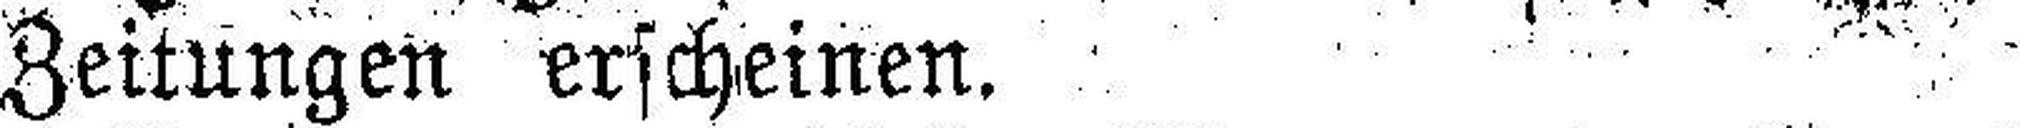
Zeitungen erscheinen.